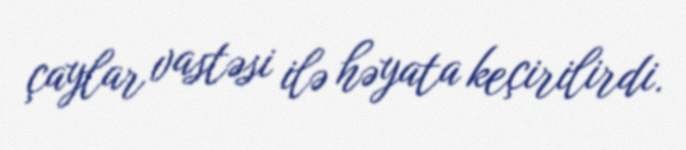
çaylar vastəsi ilə həyata keçirilirdi.